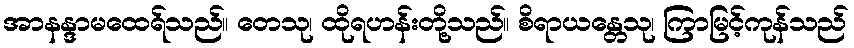
အာနန္ဒာမထေရ်သည်။ တေသု၊ ထိုရဟန်းတို့သည်။ စိရာယန္တေသု၊ ကြာမြင့်ကုန်သည်